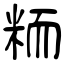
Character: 粫